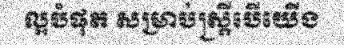
ល្អបំផុត សម្រាប់ស្ត្រីបើយើង